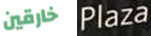
خارقين Plaza